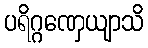
ပရိဂ္ဂဏှေယျာသိ